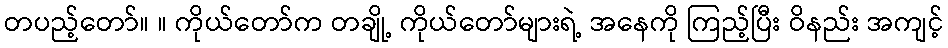
တပည့်တော်။ ။ ကိုယ်တော်က တချို့ ကိုယ်တော်များရဲ့ အနေကို ကြည့်ပြီး ဝိနည်း အကျင့်